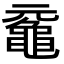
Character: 𪓣